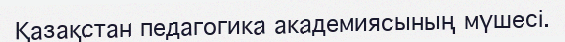
Қазақстан педагогика академиясының мүшесі.